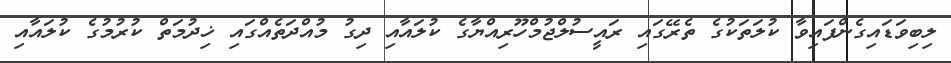
ލިބިވަޑައިގެންފައިވާ ކުލަތަކުގެ ތެރޭގައި ރައީސުލްޖުމްހޫރިއްޔާގެ ކުލައާއި ދިގު މުއްދަތެއްގައި ޚިދުމަތް ކުރުމުގެ ކުލައާއި